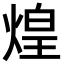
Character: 煌